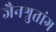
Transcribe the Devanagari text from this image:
जैनश्रुतांग